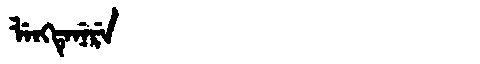
Manchu: ᠯᡝᠩᡨᡝᠨᡝᡵᡝ
Romanization: LENGTENERE